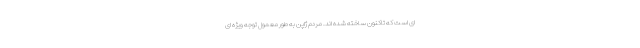
ای است که تاکنون ساخته شده اند. مردم ژاپن به طور معمول توجه ویژه ای